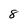
Character: 8